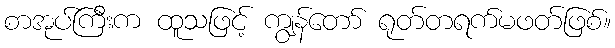
စာအုပ်ကြီးက ထူသဖြင့် ကျွန်တော် ရုတ်တရက်မဖတ်ဖြစ်။